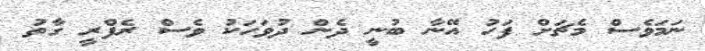
ނަމަވެސް މެޗަށް ފަހު އޭނާ ބުނީ ދެން ދުވަހަކު ވެސް ރެފްރީ ގާތު